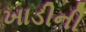
ખાડીની